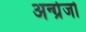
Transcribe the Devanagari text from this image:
अन्ग्रेजो